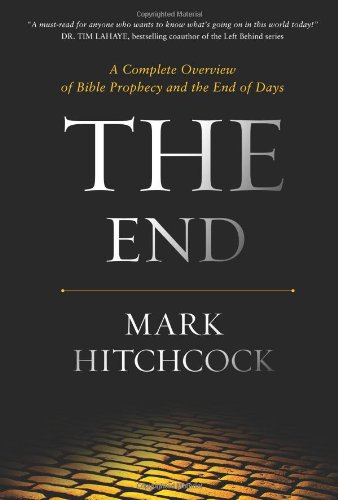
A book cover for The End: A Complete Overview of Bible Prophecy and the End of Days; Mark Hitchcock; Christian Books & Bibles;